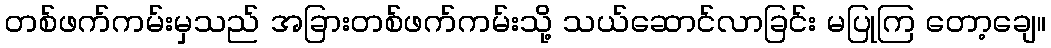
တစ်ဖက်ကမ်းမှသည် အခြားတစ်ဖက်ကမ်းသို့ သယ်ဆောင်လာခြင်း မပြုကြ တော့ချေ။